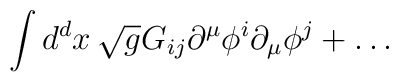
\int d^dx\,\sqrt{g} G_{ij}  \partial^\mu\phi^i\partial_\mu\phi^j+\ldots